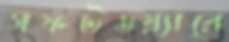
সফটওয়্যারে